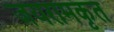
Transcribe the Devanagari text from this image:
जयरामकृत